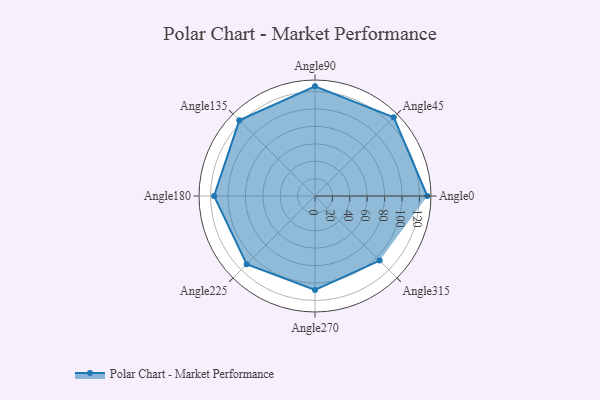
{"axis": {"x": "Angle", "y": "Radius"}, "legend": [""], "data": [{"x": "Angle0", "y": 129.0, "type": ""}, {"x": "Angle45", "y": 128.0, "type": ""}, {"x": "Angle90", "y": 126.0, "type": ""}, {"x": "Angle135", "y": 123.0, "type": ""}, {"x": "Angle180", "y": 116.0, "type": ""}, {"x": "Angle225", "y": 111.0, "type": ""}, {"x": "Angle270", "y": 108.0, "type": ""}, {"x": "Angle315", "y": 105.0, "type": ""}]}